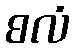
စလံ